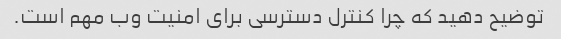
توضیح دهید که چرا کنترل دسترسی برای امنیت وب مهم است.